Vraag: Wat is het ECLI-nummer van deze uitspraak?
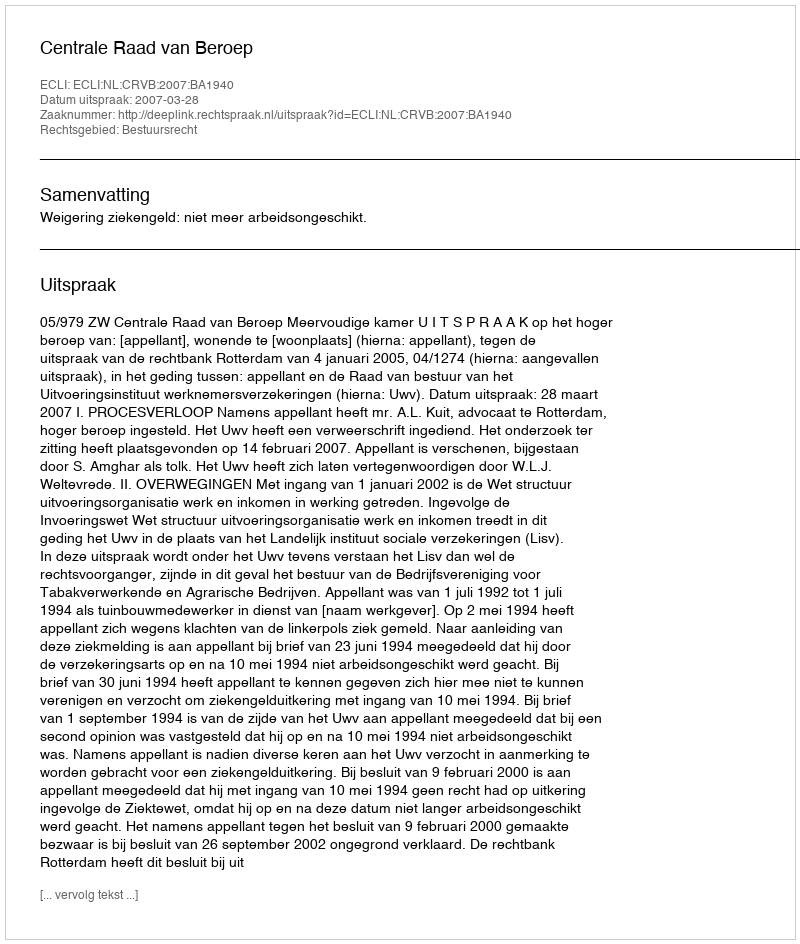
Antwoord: ECLI:NL:CRVB:2007:BA1940